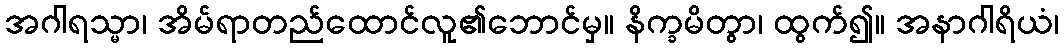
အဂါရသ္မာ၊ အိမ်ရာတည်ထောင်လူ၏ဘောင်မှ။ နိက္ခမိတွာ၊ ထွက်၍။ အနာဂါရိယံ၊